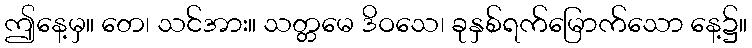
ဤနေ့မှ။ တေ၊ သင်အား။ သတ္တမေ ဒိဝသေ၊ ခုနှစ်ရက်မြောက်သော နေ့၌။